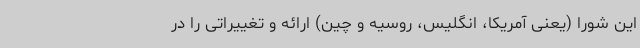
این شورا (یعنی آمریکا، انگلیس، روسیه و چین) ارائه و تغییراتی را در